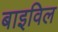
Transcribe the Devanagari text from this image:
बाइविल